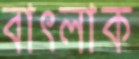
বাৎলাক